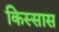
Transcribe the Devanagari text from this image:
किस्सास